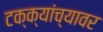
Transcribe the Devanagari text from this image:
टक्‍क्‍यांच्यावर